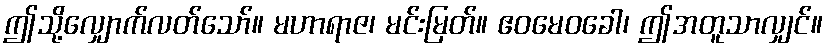
ဤသို့လျှောက်လတ်သော်။ မဟာရာဇ၊ မင်းမြတ်။ ဧဝမေဝခေါ၊ ဤအတူသာလျှင်။